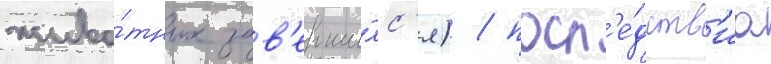
живо́тных зав'ерши́лс'я) / посл'е́дств'иа